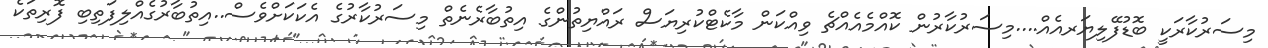
މިސަރުކާރަކީ ބޮޑުފޭލިޔަރއެއް....މިސަރުކާރުން ކޮއްމެއެއްޗެ ވިއްކަން މާކެޓްކުރިޔަސް ރައްޔިތުންގެ އިތުބާރެނެތް މިސަރުކާރުގެ އެކަކަށްވެސް..އިތުބާރުގެއްލިފަތިބި ފޮރިތަކެ